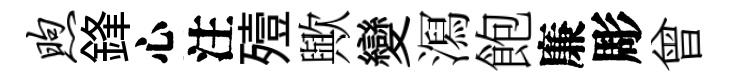
煦鋒心注殪歟變㵼飽廉彫曾